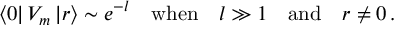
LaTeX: \left\langle 0 \right| V _ { m } \left| r \right\rangle \sim e ^ { - l } \quad \mathrm { w h e n } \quad l \gg 1 \quad \mathrm { a n d } \quad r \neq 0 \, .